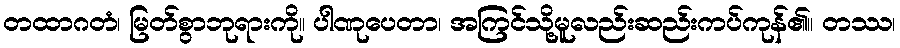
တထာဂတံ၊ မြတ်စွာဘုရားကို။ ပါဏုပေတာ၊ အကြင်သို့မူလည်းဆည်းကပ်ကုန်၏။ တဿ၊